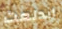
اندلعت